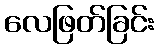
လေဖြတ်ခြင်း